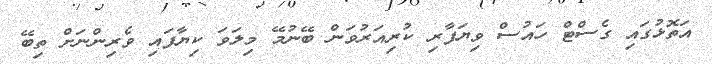
އަތޮޅުގައި ގެސްޓް ހައުސް ވިޔަފާރި ކުރިއަރުވަން ބޭނުމޭ މިލަވަ ކިޔާފައި ވެރިންނަަށް ތިބޭ